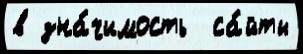
в зна́чимость  са́йты